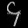
Digit: ၄